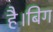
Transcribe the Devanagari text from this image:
है।बिग